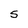
Character: S